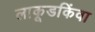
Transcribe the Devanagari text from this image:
लाकूडकिंवा